Lunatic asylums Central Provinces reports 1874-1885 - 1874-1885
Year: 1874
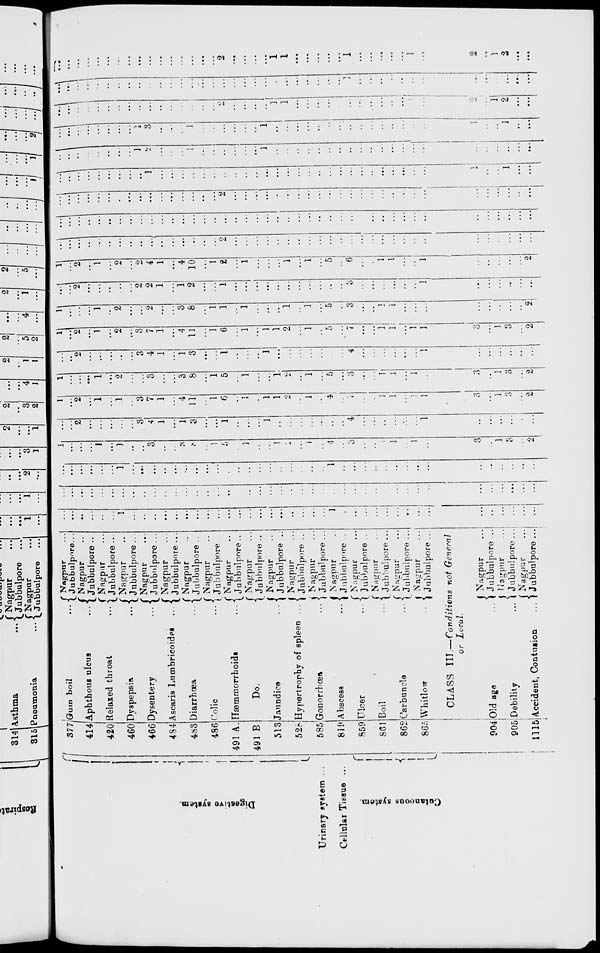
Digestive system.
Urinary system ...
Cellular Tissue ...
Cutaneous
system.
377
414
420
460
466
484
483
486
491 A.
491 B
513
528
585
819
859
861
862
865
904
905
1115
Gum boil ...
Aphthous ulcus
...
Relaxed throat
...
Dyspepsia
...
Dysentery
...
Ascaris Lumbricoides ...
Diarrhœa
...
Colic
...
Hæmmorrhoids ...
Do.
Jaundice
...
Hypertrophy of spleen ...
Gonorrhœa
...
Abscess
...
Ulcer
...
Boil
...
Carbuncle
...
Whitlow
...
Nagpur ...
Jubbulpore ...
Nagpur ...
Jubbulpore ...
Nagpur ...
Jubbulpore ...
Nagpur ...
Jubbulpore ...
Nagpur ...
Jubbulpore ...
Nagpur ...
Jubbulpore ...
Nagpur ...
Jubbulpore ...
Nagpur ...
Jubbulpore ...
Nagpur ...
Jubbulpore ...
Nagpur ...
Jubbulpore ...
Nagpur ...
Jubbulpore ...
Nagpur ...
Jubbulpore ...
Nagpur ...
Jubbulpore ...
Nagpur ...
Jubbulpore ...
Nagpur ...
Jubbulpore ...
Nagpur ...
Jubbulpore ...
Nagpur ...
Jubbulpore ...
Nagpur ...
Jubbulpore ...
CLASS III.—Conditions not General
or Local.
Old age
...
Debility
...
Accident, Contusion
...
Nagpur ...
Jubbulpore ...
Nagpur ...
Jubbulpore ...
Nagpur ...
Jubbulpore ...
...
...
...
...
...
...
1
...
...
..
...
...
...
...
...
...
...
...
...
...
...
...
...
...
...
...
1
...
...
...
...
...
...
...
...
...
...
...
...
...
...
...
...
...
...
...
...
...
...
...
...
...
...
...
...
...
...
...
...
...
...
...
...
...
...
...
...
...
...
...
...
...
...
...
...
...
...
...
...
...
...
...
...
...
...
...
...
...
...
...
1
...
...
...
...
...
...
...
...
...
...
...
...
...
...
...
...
...
...
...
1
...
...
...
...
...
...
...
...
...
...
...
...
...
...
...
1
...
...
...
1
...
1
...
...
3
...
...
3
8
...
1
5
...
1
...
...
1
2
...
1
...
4
...
3
...
...
1
1
...
1
...
3
...
1
3
...
2
...
...
2
...
...
...
...
...
3
4
1
...
1
3
...
...
1
...
...
...
1
...
...
...
...
...
...
...
4
...
...
...
...
...
...
1
...
...
...
...
...
...
1
...
2
...
1
...
1
...
3
7
1
...
4
11
...
1
6
...
1
...
1
1
2
...
1
...
4
...
7
...
...
1
1
...
1
1
3
...
1
3
...
2
1
...
...
...
1
...
2
...
...
3
...
...
3
8
...
1
5
...
1
...
...
1
2
...
1
...
5
...
3
...
...
1
1
...
1
...
3
...
1
3
...
2
...
...
2
...
...
...
...
...
3
4
1
...
1
3
...
...
1
...
...
...
1
...
...
...
...
...
...
...
4
...
...
...
...
...
...
1
...
...
...
...
...
...
1
...
2
...
1
...
2
...
3
7
1
...
4
11
...
1
6
...
1
...
1
1
2
...
1
...
5
...
7
...
...
1
1
...
1
1
3
...
1
3
...
2
1
...
...
...
1
...
2
...
...
2
...
...
3
8
...
1
1
...
1
...
...
...
1
...
1
...
5
...
3
...
...
1
1
...
...
...
...
...
...
...
...
2
...
...
2
...
...
...
...
...
2
2
1
...
1
2
...
...
1
...
...
...
...
...
...
...
...
...
...
...
3
...
...
...
...
...
...
1
...
...
...
...
...
...
1
...
2
...
1
...
2
...
2
4
1
...
4
10
...
1
2
...
1
...
...
...
1
...
1
...
5
...
6
...
...
1
1
...
...
1
...
...
...
...
...
2
...
...
...
...
...
...
...
...
...
...
...
...
...
...
...
...
2
...
...
...
...
...
...
...
...
...
...
...
...
...
...
...
...
...
...
...
...
...
...
...
...
...
...
...
...
...
...
...
...
...
...
...
...
...
...
...
...
...
...
...
...
...
...
...
...
...
...
...
...
...
...
...
...
...
...
...
...
...
...
...
...
...
...
...
...
...
...
...
...
...
...
...
...
...
...
...
...
...
...
...
2
...
...
...
...
...
...
...
...
...
...
...
...
...
...
...
...
...
...
...
...
...
...
...
...
...
...
...
...
...
...
...
...
...
...
1
...
...
...
...
...
...
...
...
...
...
...
...
...
...
...
...
...
...
...
...
...
...
...
...
...
...
1
...
...
1
...
...
...
...
...
...
...
...
...
...
1
2
...
...
...
1
...
...
...
...
...
...
1
...
...
...
...
...
...
...
...
...
...
...
...
...
...
...
...
...
...
...
...
...
...
...
...
...
...
...
...
...
1
3
...
...
...
1
...
...
...
...
...
...
1
...
...
...
...
...
...
...
...
...
...
...
...
...
...
...
1
...
...
1
...
...
...
...
...
...
...
...
...
...
...
...
...
...
...
...
...
...
2
...
...
...
...
1
1
...
...
...
...
...
...
...
...
...
...
...
1
...
2
...
1
2
...
...
...
...
...
...
...
...
...
...
...
...
...
...
...
...
...
...
...
...
...
...
...
...
...
...
...
...
...
...
1
...
...
...
...
...
...
...
...
...
...
...
...
...
...
...
...
...
...
...
...
...
...
...
...
...
...
...
...
...
2
...
...
...
...
1
1
...
...
...
...
...
1
...
...
...
...
...
1
...
2
...
1
2
...
...